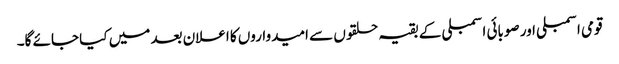
قومی اسمبلی اور صوبائی اسمبلی کے بقیہ حلقوں سے امیدواروں کا اعلان بعد میں کیا جائے گا۔